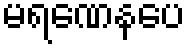
မရဏေနပေ